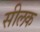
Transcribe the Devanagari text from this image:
सीलक